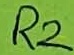
Text: R2